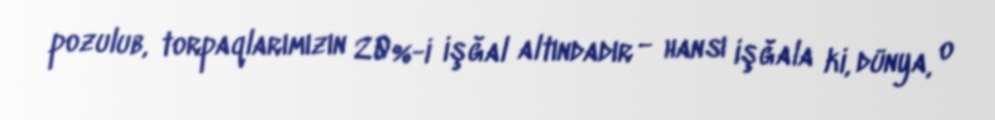
pozulub, torpaqlarımızın 20%-i işğal altındadır - hansı işğala ki, dünya, o